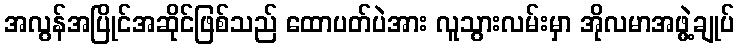
အလွန်အပြိုင်အဆိုင်ဖြစ်သည် ထောပတ်ပဲအား လူသွားလမ်းမှာ အိုလမာအဖွဲ့ချုပ်